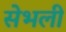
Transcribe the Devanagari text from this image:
सेभली